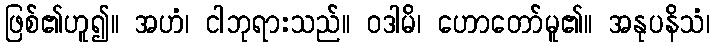
ဖြစ်၏ဟူ၍။ အဟံ၊ ငါဘုရားသည်။ ဝဒါမိ၊ ဟောတော်မူ၏။ အနုပနိသံ၊